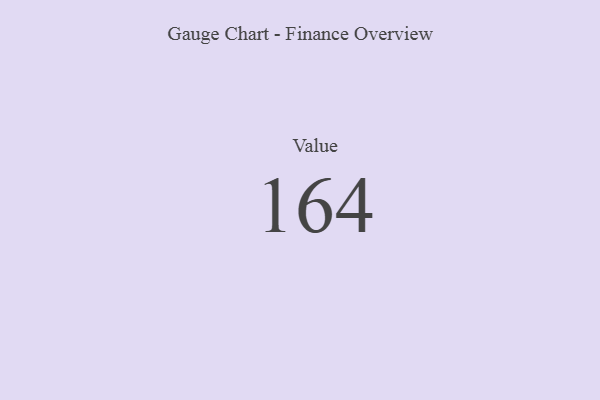
{"axis": {"x": "Metric", "y": "Value"}, "legend": [""], "data": [{"x": "Value", "y": 164, "type": ""}]}